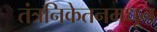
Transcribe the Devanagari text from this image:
तंत्रनिकेतनमधून